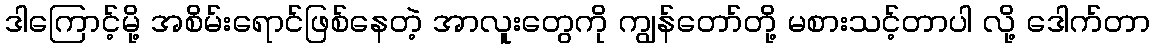
ဒါကြောင့်မို့ အစိမ်းရောင်ဖြစ်နေတဲ့ အာလူးတွေကို ကျွန်တော်တို့ မစားသင့်တာပါ လို့ ဒေါက်တာ